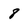
Character: 8